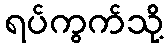
ရပ်ကွက်သို့